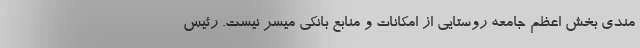
مندی بخش اعظم جامعه روستایی از امکانات و منابع بانکی میسر نیست. رئیس